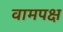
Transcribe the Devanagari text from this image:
वामपक्ष